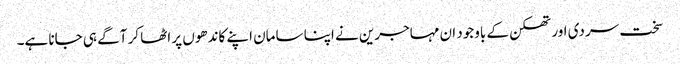
سخت سردی اور تھکن کے باوجود ان مہاجرین نے اپنا سامان اپنے کاندھوں پر اٹھا کر آگے ہی جانا ہے۔